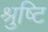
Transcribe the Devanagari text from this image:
श्रुष्टि